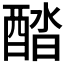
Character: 𨡍